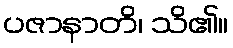
ပဇာနာတိ၊ သိ၏။